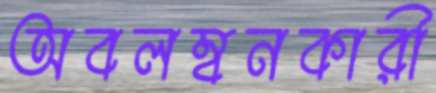
অবলম্বনকারী